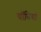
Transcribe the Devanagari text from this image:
चॉबियां